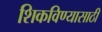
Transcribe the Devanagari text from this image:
शिकविण्‍यासाठी